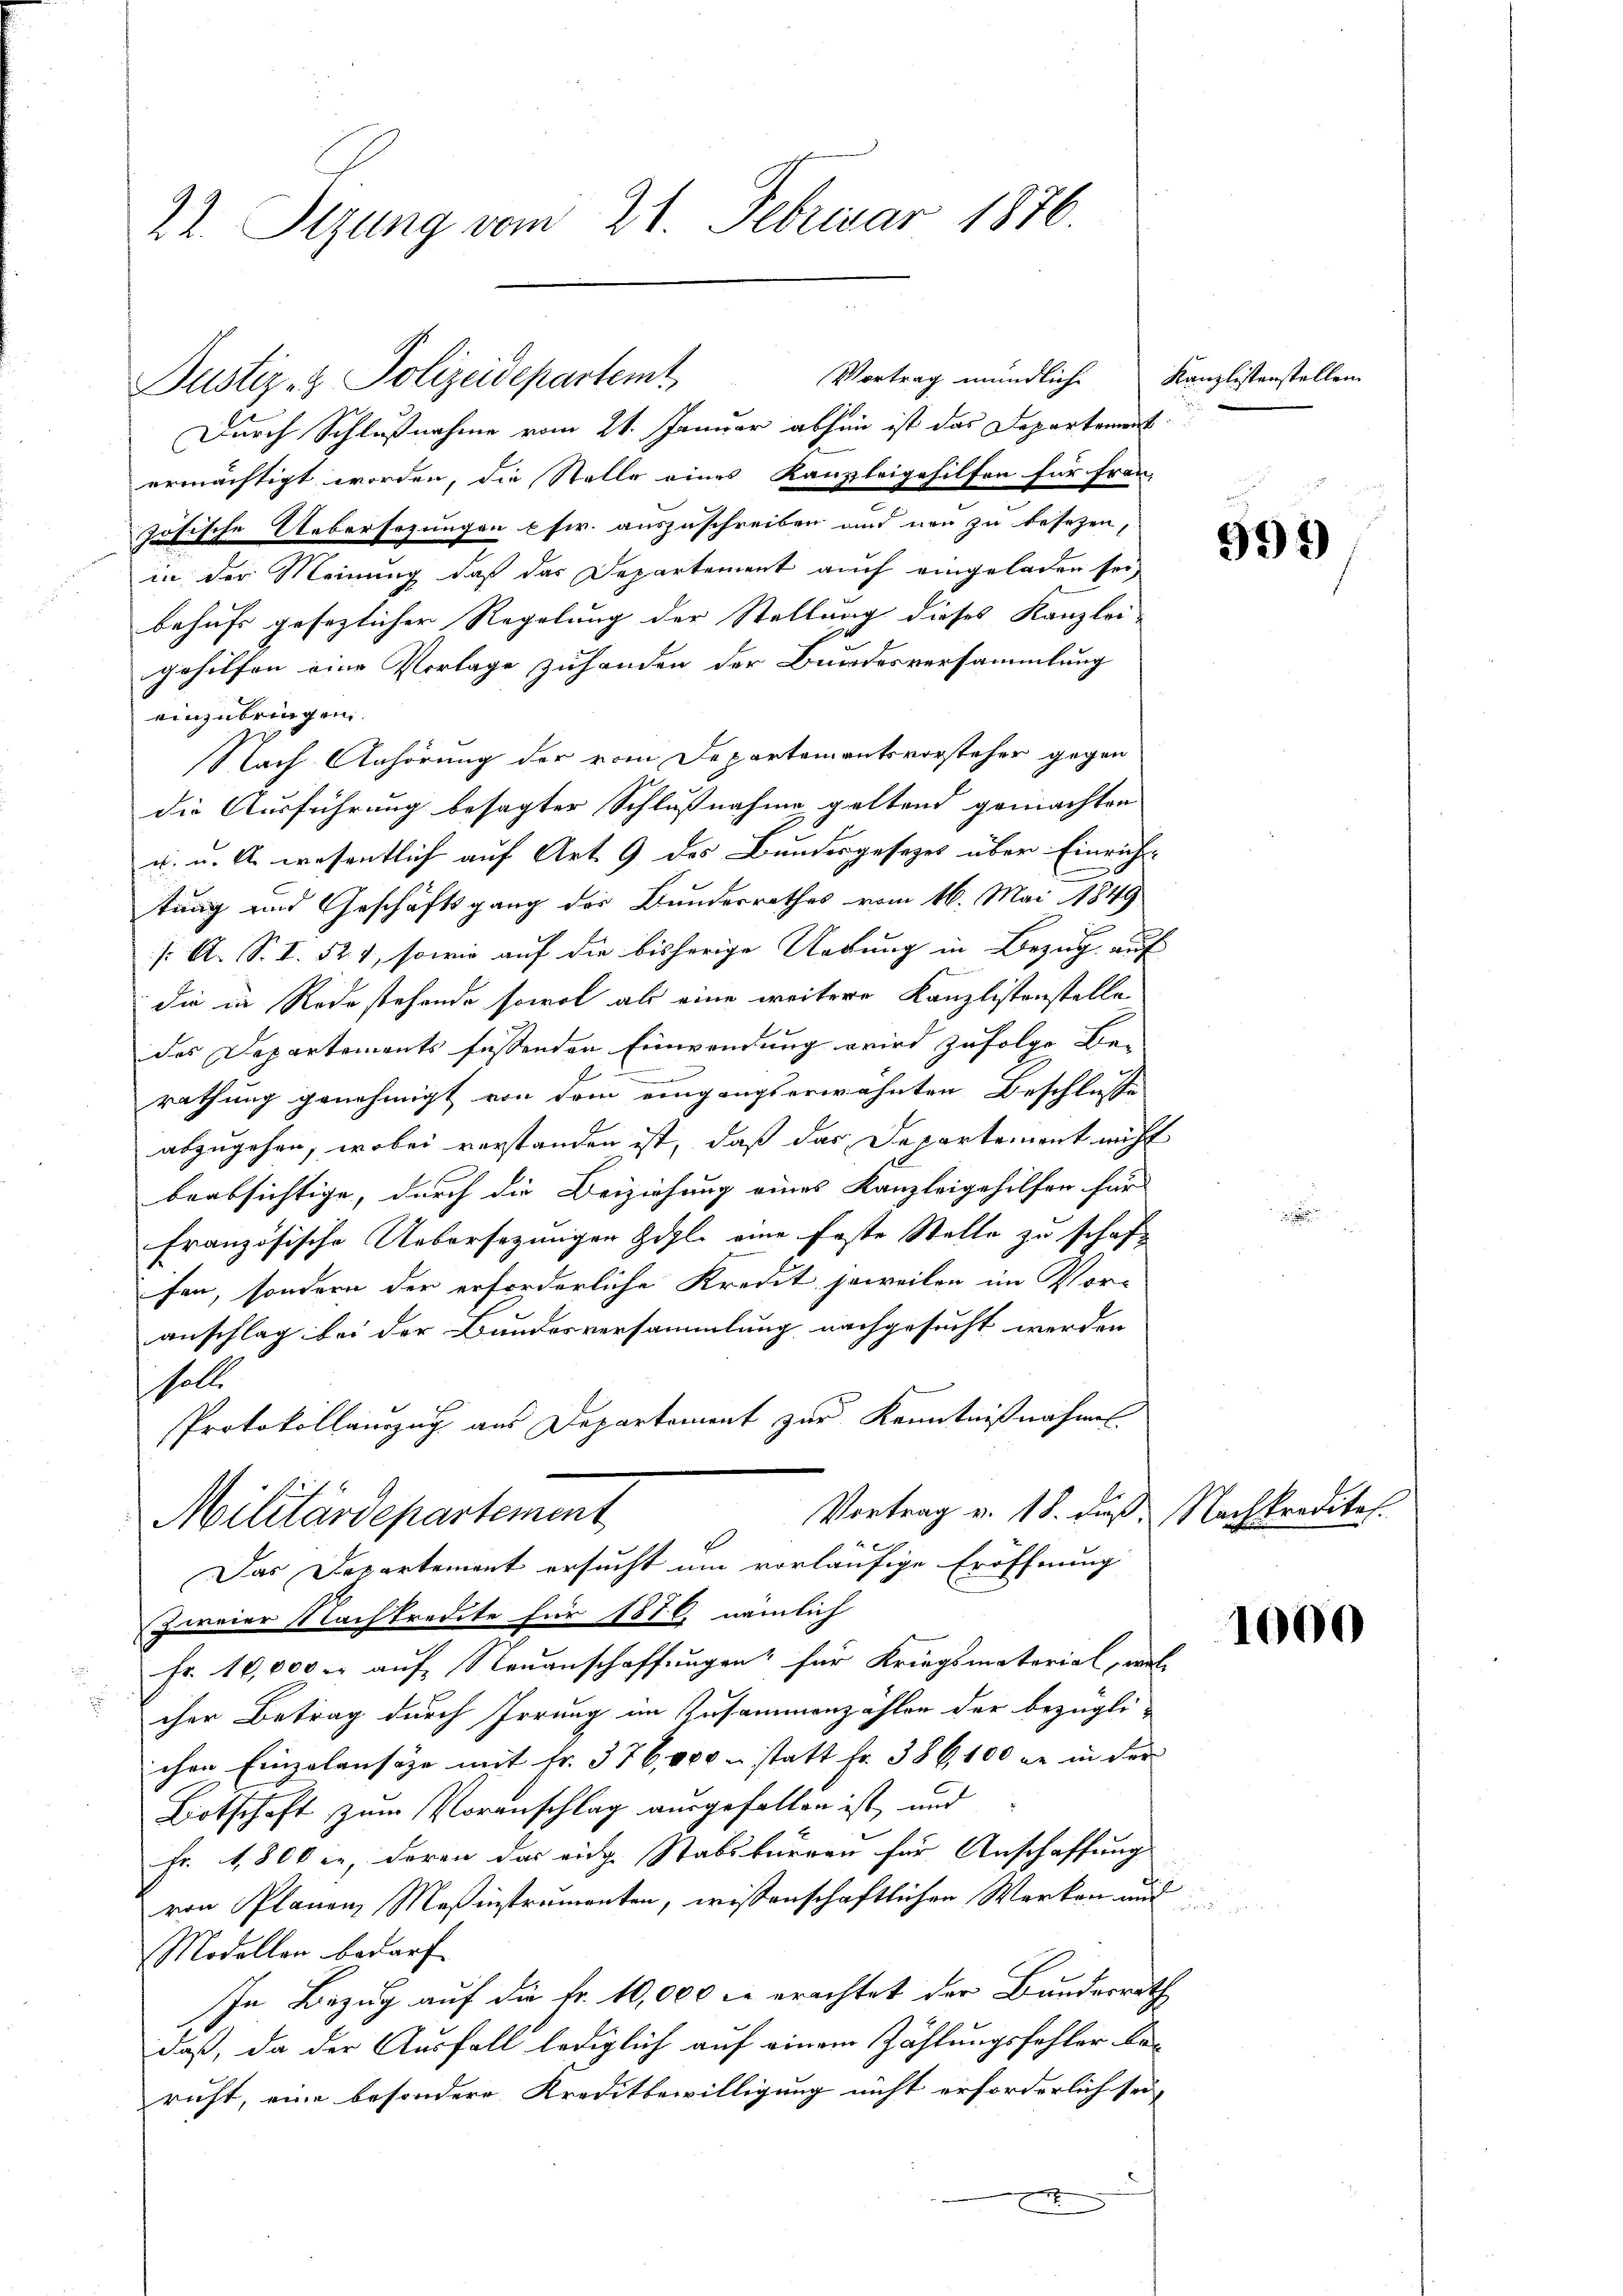
22. Sizung vom 21. Februar 1876

Durch Schlußnahme vom 21. Januar absen ist das Departement
ermächtigt worden, die Stelle eines Kanzleigehilfen für Fran-
zösische Uebersezungen pfw. auszuschreiben und neu zu besezen,
in der Meinung, daß das Departement auch eingeladen sei,
behufs gesezlicher Regelung der Stellung dieses Kanzlei-
gehilfen eine Vorlage zuhanden der Bundesversammlung
einzubringen
Nach Anhörung der vom Departementsvorsteher gegen
die Ausführung besagter Schlußnahme geltend gemachten
u. u. k. wesentlich auf Art. 9 des Bundesgesezes über Einricht
tung und Geschäftsgang der Bundesrathes vom 16. Mai 1849
/. A. S. I. 521, sowie auf die bisherige Urkung in Bezug auf
die in Redestehende sowol als eine weitere Kanzlistenstelle
des Departements fassenden Einwendung wird zufolge Be-
t
.
rathung genehmigt von dem eingangserwähnten Beschlusse
abzugehen, wobei verstanden ist, daß das Departement nicht
beabsichtige, durch die Beiziehung eines Kanzleigehilfen für
französische Uebersezungen Zifl. eine feste Stelle zu schaft
fen, sondern der erforderliche Kredit jeweilen im Vor-
anschlag bei der Bundesversammlung nachgesucht werden
solle
Protokollauszug aus Departement zur Kenntnißnahmen
Vortrag v. 18. daß. Nachkreditas.
Militärdepartement
x
Das Departement ersucht um vorläufige Eröffnung
zweier Nachkredite für 1876. nämlich
Fr. 10,000 er auf Neuanschaffungen für Kriegsmaterial, wel-
cher Betrag durch Irrung im Zusammenzählen der bezügli-
chen Einzulansige mit Fr. 376,000 u statt Fr. 386, 100 er in der
Botschaft zum Voranschlag ausgefallen ist, und
Fr. 1,800 c, deren das eidg. Stabskurren für Anschaffung
von Planen Maßinstrumenten, wissenschaftlichen Werken und
Modellen bedarf.
In Bezug auf die fr. 10,000 f erachtet der Bundesrath
daß, da der Ausfall lediglich auf einem Zählungsfehler Berucht, eine besondere Kreditbewilligung nicht erforderlich sei,
.

Vortrag mündlich
Justiz- & Polizeidepartemt

Kanzlistenstellen.

994)

1000